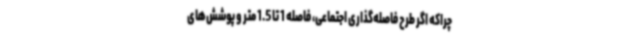
چراکه اگر طرح فاصله‌گذاری اجتماعی، فاصله 1 تا 1.5 متر و پوشش‌های